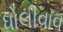
ધોલીવાવ